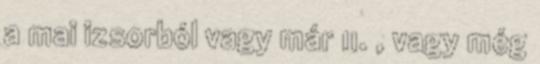
a mai izsorból vagy már 11. , vagy még